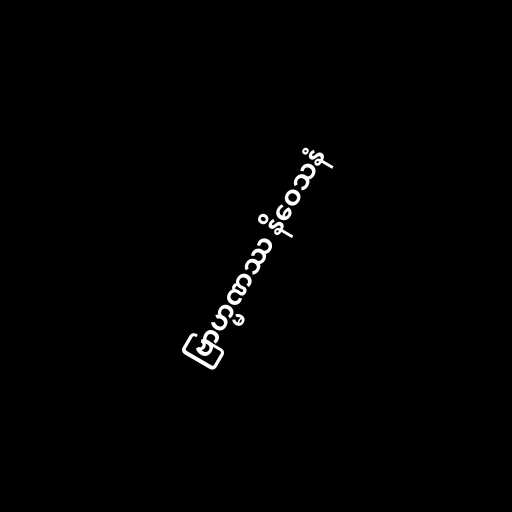
ဗြာဟ္မဏဿ နိဝေသနံ